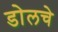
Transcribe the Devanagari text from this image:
डोलचे